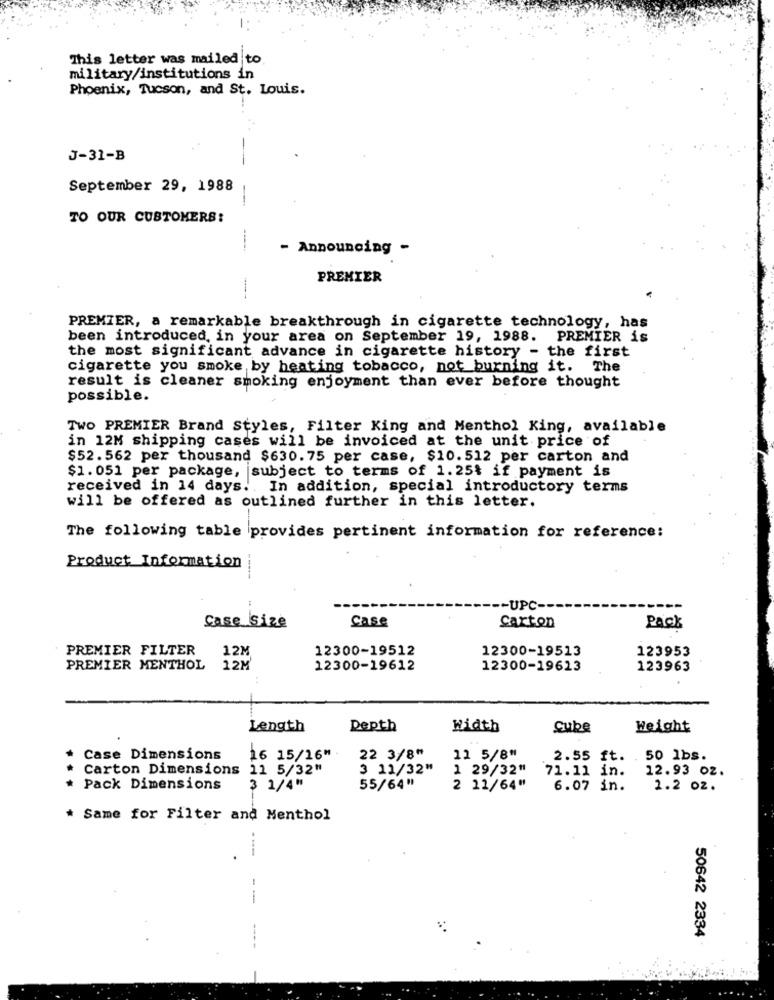
This letter was mailed to
military/institutions in
Phoenix, Tucson, and St. Louis.
J-31-B
September 29, 1988
TO OUR CUSTOMERS:
- Announcing -
PREMIER
PREMIER, a remarkable breakthrough in cigarette technology, has
been introduced, in your area on September 19, 1988. PREMIER is
the most significant advance in cigarette history - the first
cigarette you smoke by heating tobacco, not burning it. The
result is cleaner smoking enjoyment than ever before thought
possible.
TWO PREMIER Brand Styles, Filter King and Menthol King, available
in 12M shipping cases will be invoiced at the unit price of
$52.562 per thousand $630. 75 per case, $10.512 per carton and
$1.051 per package, subject to terms of 1.25% if payment is
received in 14 days .. In addition, special introductory terms
will be offered as outlined further in this letter.
The following table provides pertinent information for reference:
Product Information
-UPC
Case Size
Case
Carton
Pack
PREMIER FILTER
12M
12300-19512
12300-19513
123953
PREMIER MENTHOL
12M
12300-19612
12300-19613
123963
Length
Depth
width
Cube
Height
Case Dimensions
16 15/16"
22 3/8"
11 5/8"
2.55 ft. . 50 1bs.
Carton Dimensions
11 5/32"
3 11/32"
1 29/32"
71.11 in.
12.93 02.
Pack Dimensions
3 1/4"
55/64"
2 21/64"
6.07 in.
1.2 02.
* Same for Filter and Menthol
---
--
50642 2334